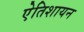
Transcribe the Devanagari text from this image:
एेतिशायन